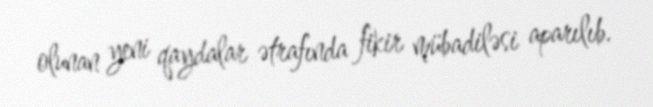
olunan yeni qaydalar ətrafında fikir mübadiləsi aparılıb.